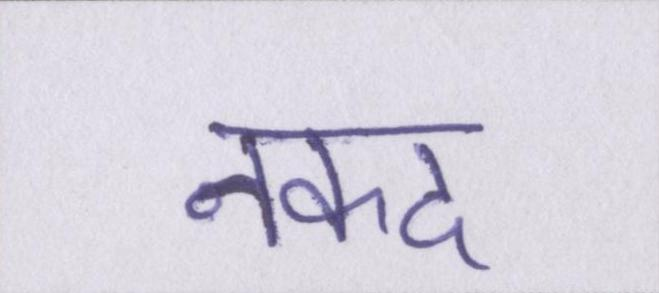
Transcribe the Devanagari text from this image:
नकद